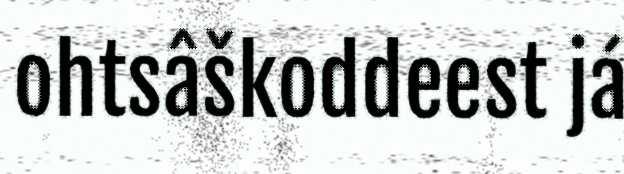
ohtsâškoddeest já